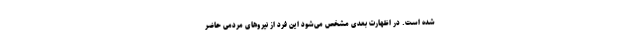
شده است. در اظهارت بعدی مشخص می‌شود این فرد از نیرو‌های مردمی حاضر